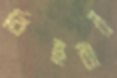
বিইবার